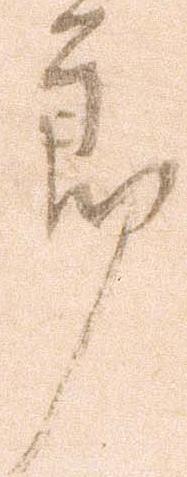
節